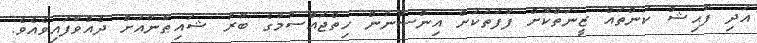
އަދި ފާޙިޝް ކަންތައް ޒީނަތްކޮށް ފާފަތަކަށް އިންސާނުން ހިތްޖައްސުމުގެ ބާރު ޝައިޠާނާއަށް ދެއްވާފައިވެއެވެ.